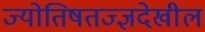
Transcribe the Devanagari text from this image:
ज्योतिषतज्ज्ञदेखील